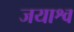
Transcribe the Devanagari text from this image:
जयाश्व